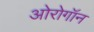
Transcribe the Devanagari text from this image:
ओरोगॉन